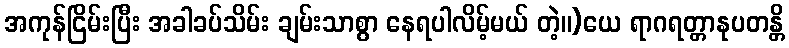
အကုန်ငြိမ်းပြီး အခါခပ်သိမ်း ချမ်းသာစွာ နေရပါလိမ့်မယ် တဲ့။)ယေ ရာဂရတ္တာနုပတန္တိ